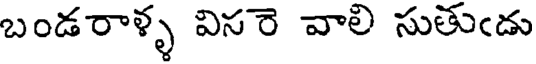
బండరాళ్ళ విసరె వాలి సుతుఁడు